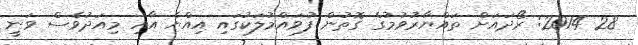
28 2014: ރޯދައަށް ތައްޔާރުވުމުގެ ގޮތުން ފުވައްމުލަކުގައި އިއްޔެ އާއި މިއަދުވެސް ވަނީ